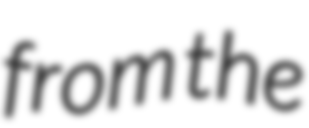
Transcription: from the